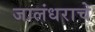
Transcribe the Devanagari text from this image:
जालंधराचे